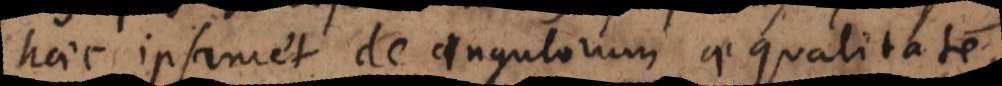
haec ipsamet de angulorum aequalitate,